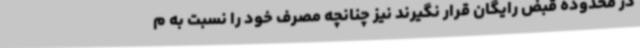
در محدوده قبض رایگان قرار نگیرند نیز چنانچه مصرف خود را نسبت به م